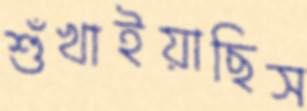
শুঁখাইয়াছিস